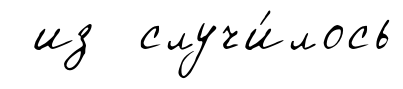
из случи́лось